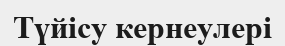
Түйісу кернеулері